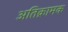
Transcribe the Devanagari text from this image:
अतिक्रामक